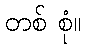
တစ် စုံ။